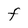
Character: F